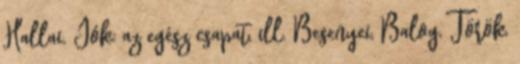
Hallai. Jók: az egész csapat, ill. Besenyei, Balog, Török,